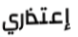
إعتذاري